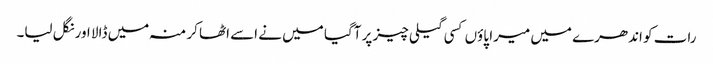
رات کو اندھرے میں میرا پاوٴں کسی گیلی چیز پر آگیا میں نے اسے اٹھا کر منہ میں ڈالا اور نگل لیا۔